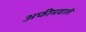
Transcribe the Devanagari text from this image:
अफीमवाले